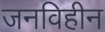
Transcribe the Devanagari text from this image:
जनविहीन